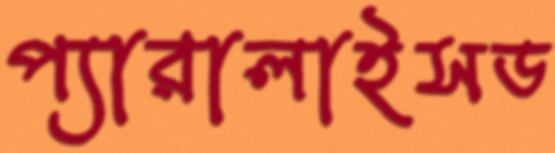
প্যারালাইসড